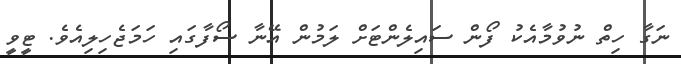
ނަގާ ހިތް ނުވުމާއެކު ފޯން ސައިލެންޓަށް ލަމުން އޭނާ ސޯފާގައި ހަމަޖެހިލިއެވެ. ޓީވީ